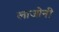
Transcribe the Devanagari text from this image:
लाजोनी